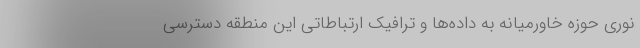
نوری حوزه خاورمیانه به داده‌ها و ترافیک ارتباطاتی این منطقه دسترسی